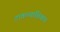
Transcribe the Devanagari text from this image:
टाकल्याशिवाय